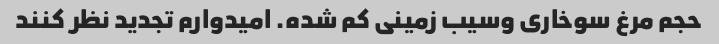
حجم مرغ سوخاری وسیب زمینی کم شده. امیدوارم تجدید نظر کنند